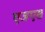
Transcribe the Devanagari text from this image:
एजएस